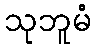
သုဘူမံ